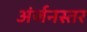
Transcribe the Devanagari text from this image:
अंर्जनस्तर